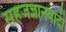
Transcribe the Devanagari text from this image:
सहजज्ञानवादी